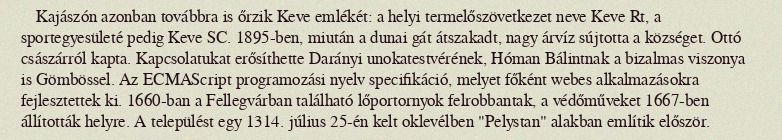
Kajászón azonban továbbra is őrzik Keve emlékét: a helyi termelőszövetkezet neve Keve Rt, a sportegyesületé pedig Keve SC. 1895-ben, miután a dunai gát átszakadt, nagy árvíz sújtotta a községet. Ottó császárról kapta. Kapcsolatukat erősíthette Darányi unokatestvérének, Hóman Bálintnak a bizalmas viszonya is Gömbössel. Az ECMAScript programozási nyelv specifikáció, melyet főként webes alkalmazásokra fejlesztettek ki. 1660-ban a Fellegvárban található lőportornyok felrobbantak, a védőműveket 1667-ben állították helyre. A települést egy 1314. július 25-én kelt oklevélben "Pelystan" alakban említik először.